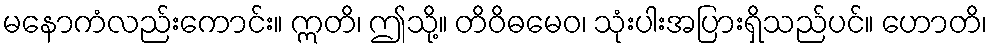
မနောကံလည်းကောင်း။ ဣတိ၊ ဤသို့။ တိဝိဓမေဝ၊ သုံးပါးအပြားရှိသည်ပင်။ ဟောတိ၊